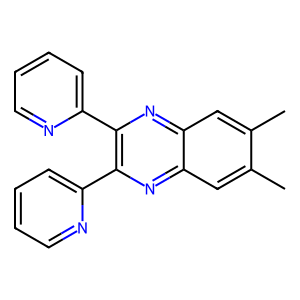
SMILES: Cc1cc2nc(-c3ccccn3)c(-c3ccccn3)nc2cc1C
Inhibits HIV replication: No